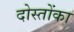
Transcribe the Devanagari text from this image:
दोस्तोंका